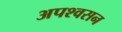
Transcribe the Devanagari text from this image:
अपश्वसन